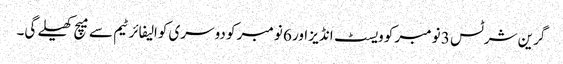
گرین شرٹس 3 نومبر کو ویسٹ انڈیز اور 6 نومبر کو دوسری کوالیفائر ٹیم سے میچ کھیلے گی۔